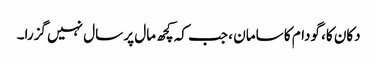
دکان کا، گودام کا سامان ، جب کہ کچھ مال پر سال نہیں گزرا۔